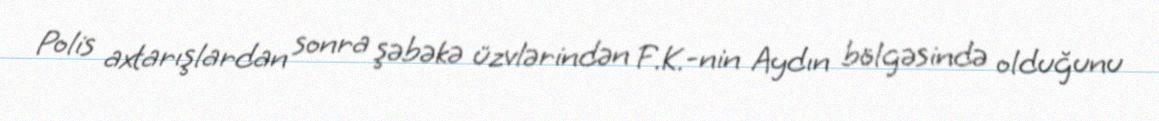
Polis axtarışlardan sonra şəbəkə üzvlərindən F.K.-nin Aydın bölgəsində olduğunu